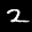
Label: 2